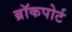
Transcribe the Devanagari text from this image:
ब्रॉकपोर्ट